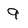
Character: 9